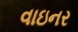
વાઇનર